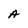
Character: A